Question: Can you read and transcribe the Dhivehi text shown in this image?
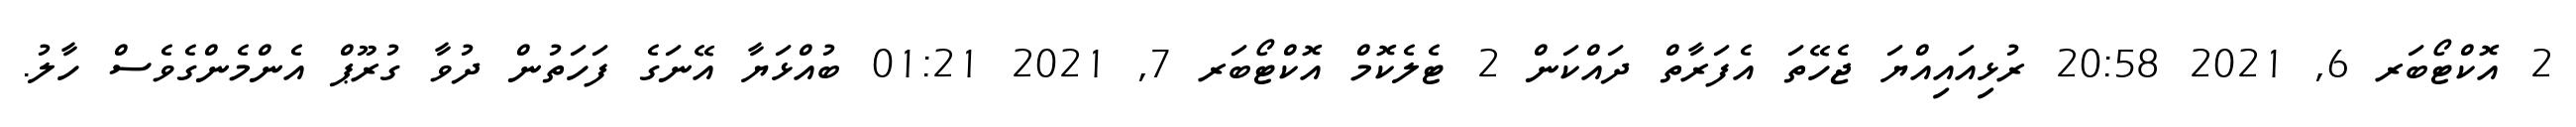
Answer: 2 އޮކްޓޯބަރ 6, 2021 20:58 ރުޅިއައިއްޔަ ޖެހޭތަ އެފަރާތް ދައްކަން 2 ޓެލެކޮމް އޮކްޓޯބަރ 7, 2021 01:21 ބުއްޅަޔާ އޭނަގެ ފަހަތުން ދުވާ ގުރޫޕް އެންމެންގެވެސް ހާލު.